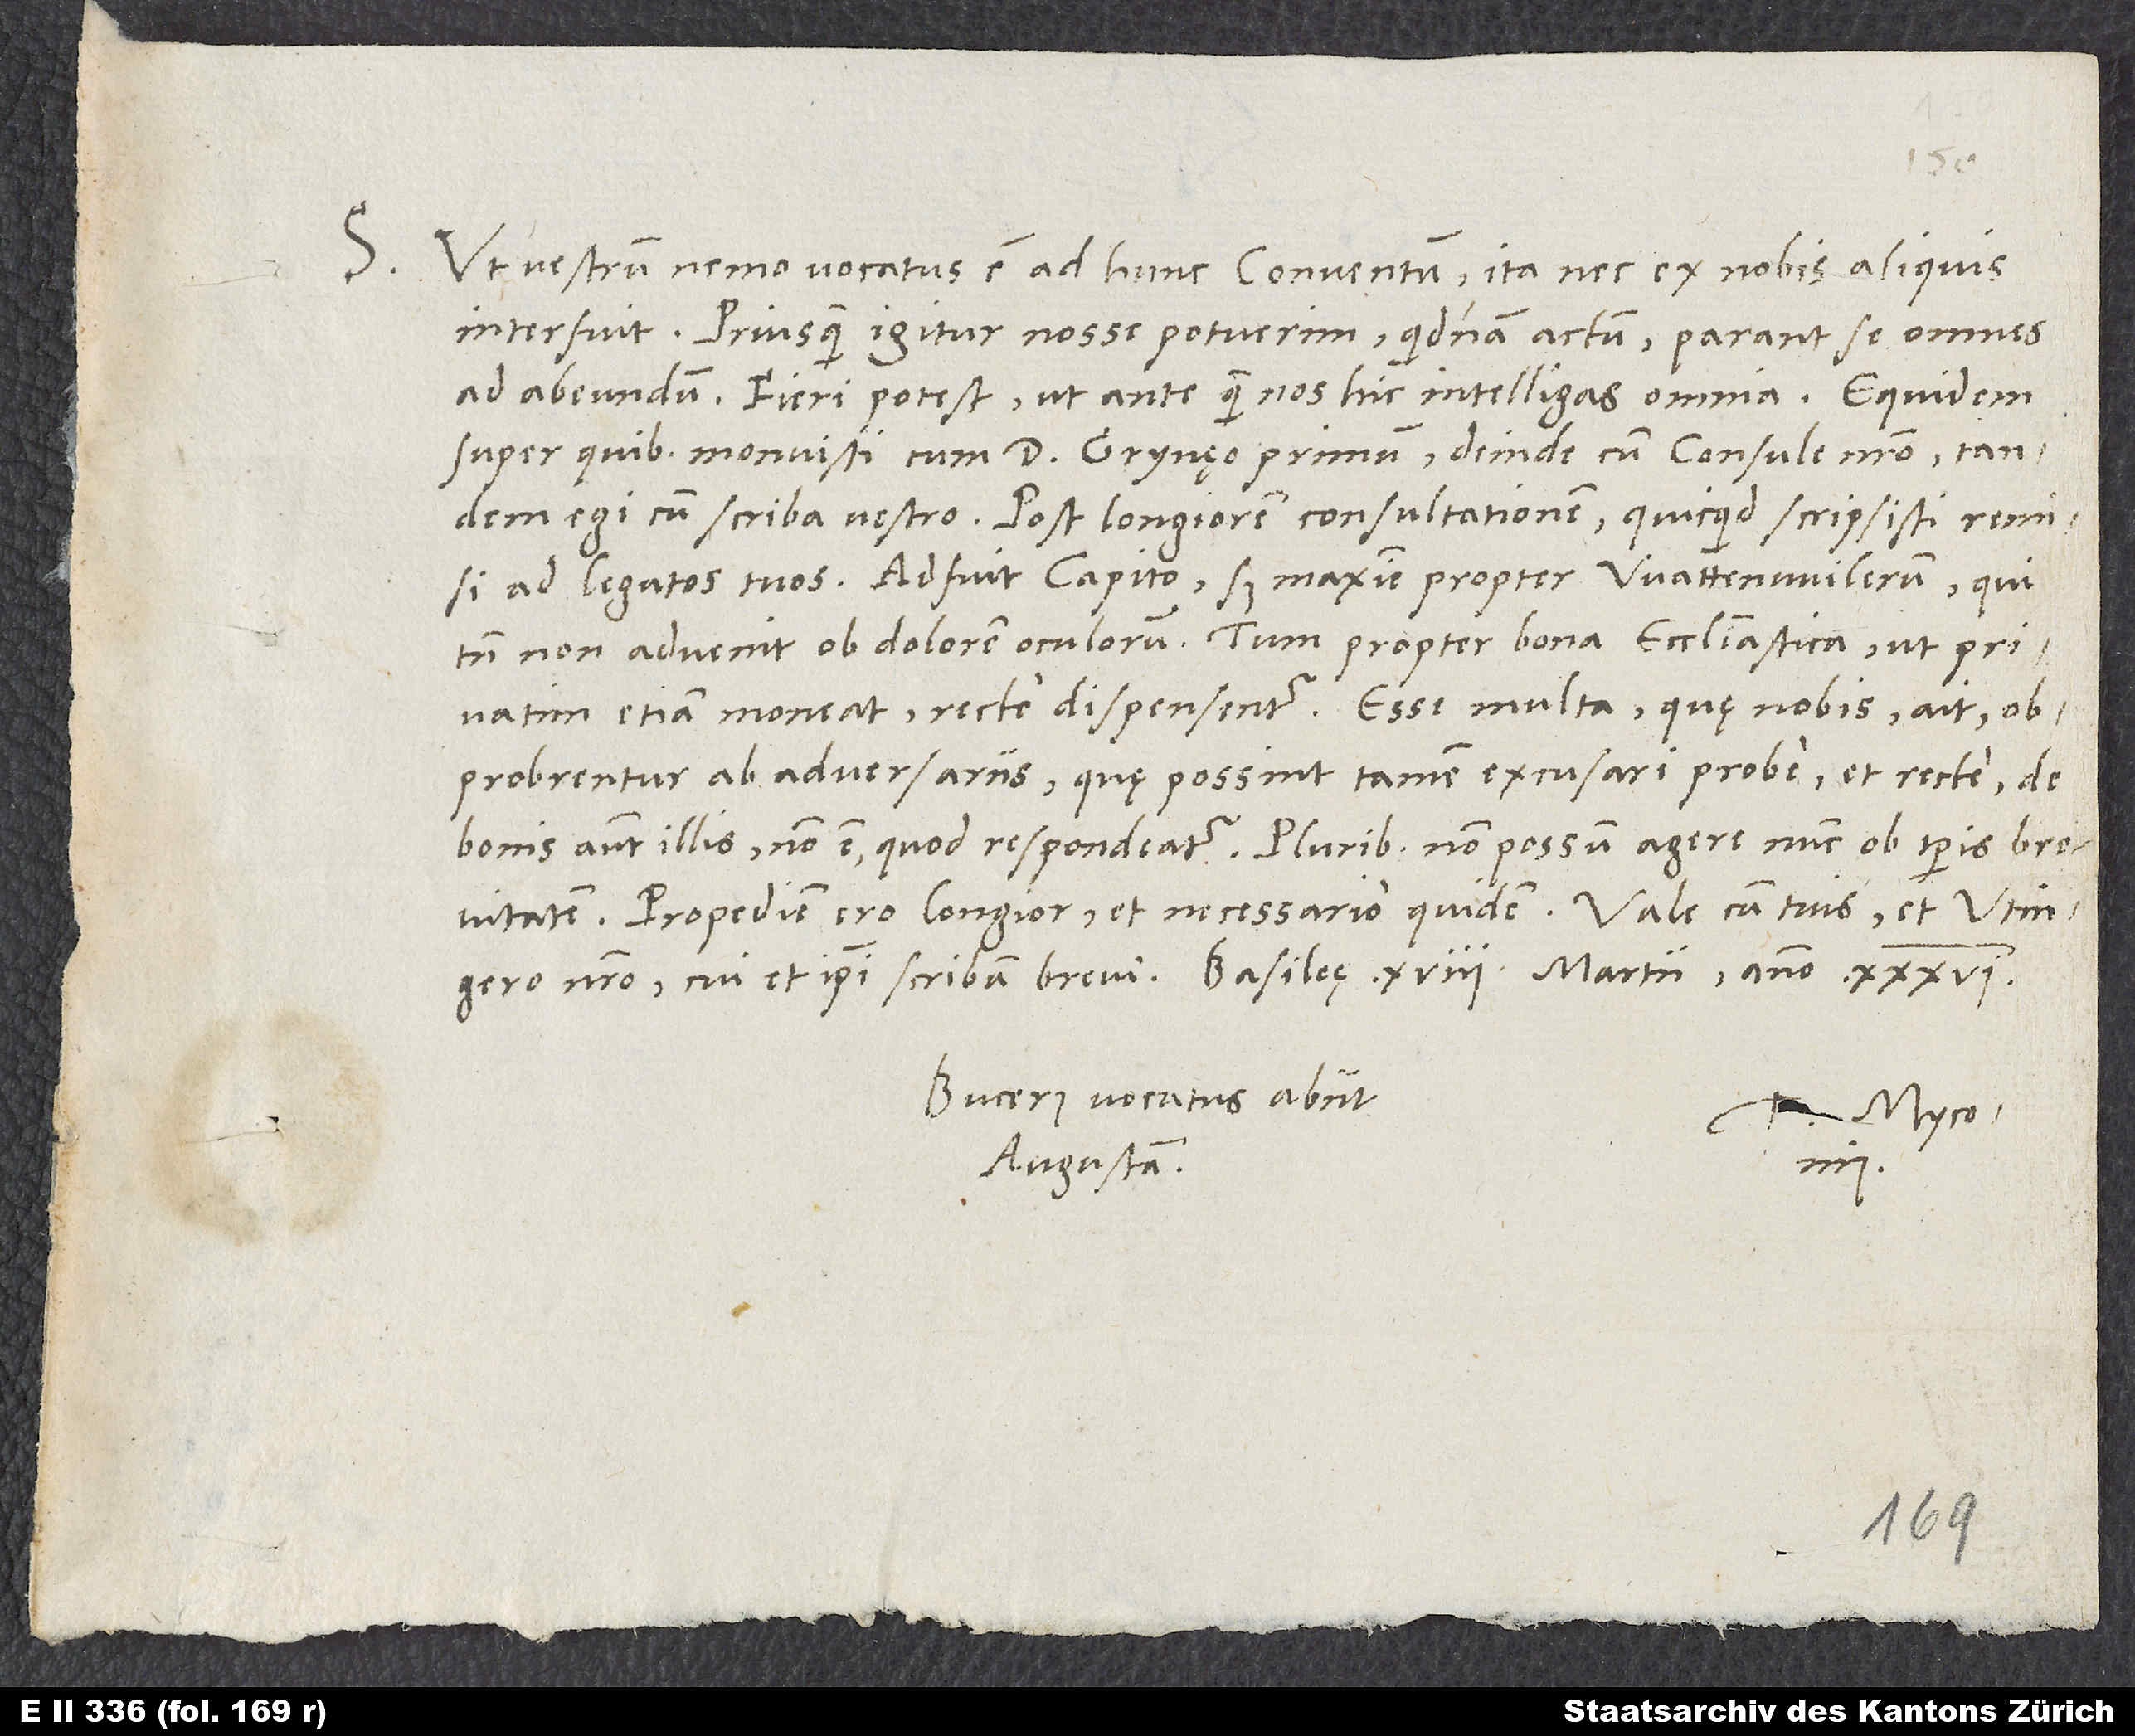
S. Ut vestrum nemo vocatus est ad hunc conventum, ita nec ex nobis aliquis
interfuit. Priusquam igitur nosse potuerim, quidnam actum, parant se omnes
ad abeundum. Fieri potest, ut ante quam nos hic intelligas omnia. Equidem
super quibus monuisti cum d. Grynęo primum, deinde cum consule nostro, tandem
egi cum scriba vestro. Post Longiorem consultationem, quicquid scripsisti, remisi ad
tamen non advenit ob dolorem oculorum, tum propter bona ecclesiastica, ut privatim
etiam moneat, recte dispensentur. Esse multa, quę nobis, ait,
obprobrentur ab adversariis, quę possint tamen excusari probe et recte; de
Bucerus vocatus abiit
Augustam.